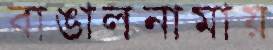
বাঙালনামায়